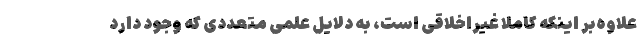
علاوه‌بر اینکه کاملا غیراخلاقی است، به دلایل علمی متعددی که وجود دارد